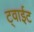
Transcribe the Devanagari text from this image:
ट्वाईट